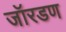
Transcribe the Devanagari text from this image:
जॉरडण